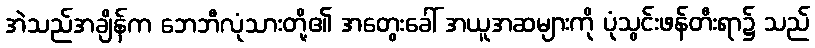
အဲသည်အချိန်က ဘေဘီလုံသားတို့၏ အတွေးခေါ် အယူအဆများကို ပုံသွင်းဖန်တီးရာ၌ သည်